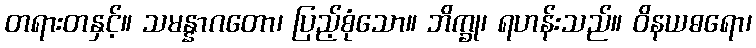
တရားတနှင့်။ သမန္နာဂတော၊ ပြည့်စုံသော။ ဘိက္ခု၊ ရဟန်းသည်။ ဝိနယဓရော၊